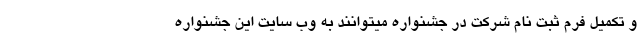
و تکمیل فرم ثبت نام شرکت در جشنواره میتوانند به وب سایت این جشنواره